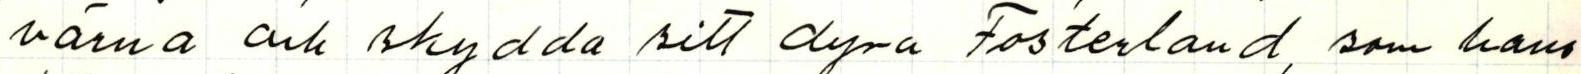
värna och skydda sitt dyra Fosterland, som hans